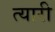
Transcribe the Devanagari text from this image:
त्यारी